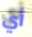
أي